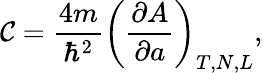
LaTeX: \mathcal{C}=\frac{4m}{\hbar^{2}}\left(\frac{\partial A}{\partial a}\right)_{T,N,L},